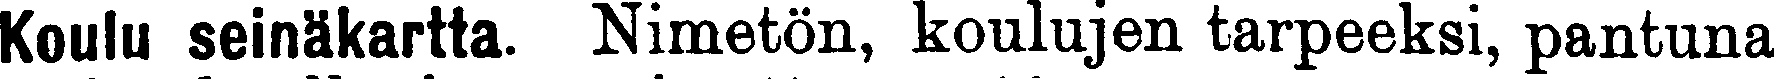
Koulu seinäkartta. Nimetön, koulujen tarpeeksi, pantuna